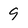
Character: 9